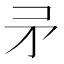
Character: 𭿵